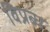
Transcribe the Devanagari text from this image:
विप्रब्ध